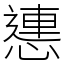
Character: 㦁